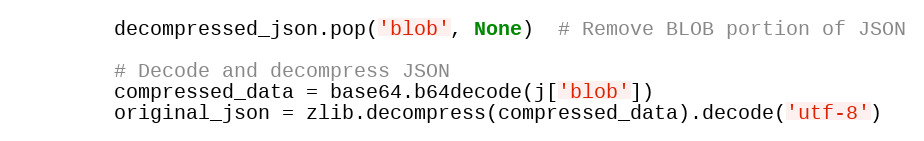
Language: Python
        decompressed_json.pop('blob', None)  # Remove BLOB portion of JSON

        # Decode and decompress JSON
        compressed_data = base64.b64decode(j['blob'])
        original_json = zlib.decompress(compressed_data).decode('utf-8')